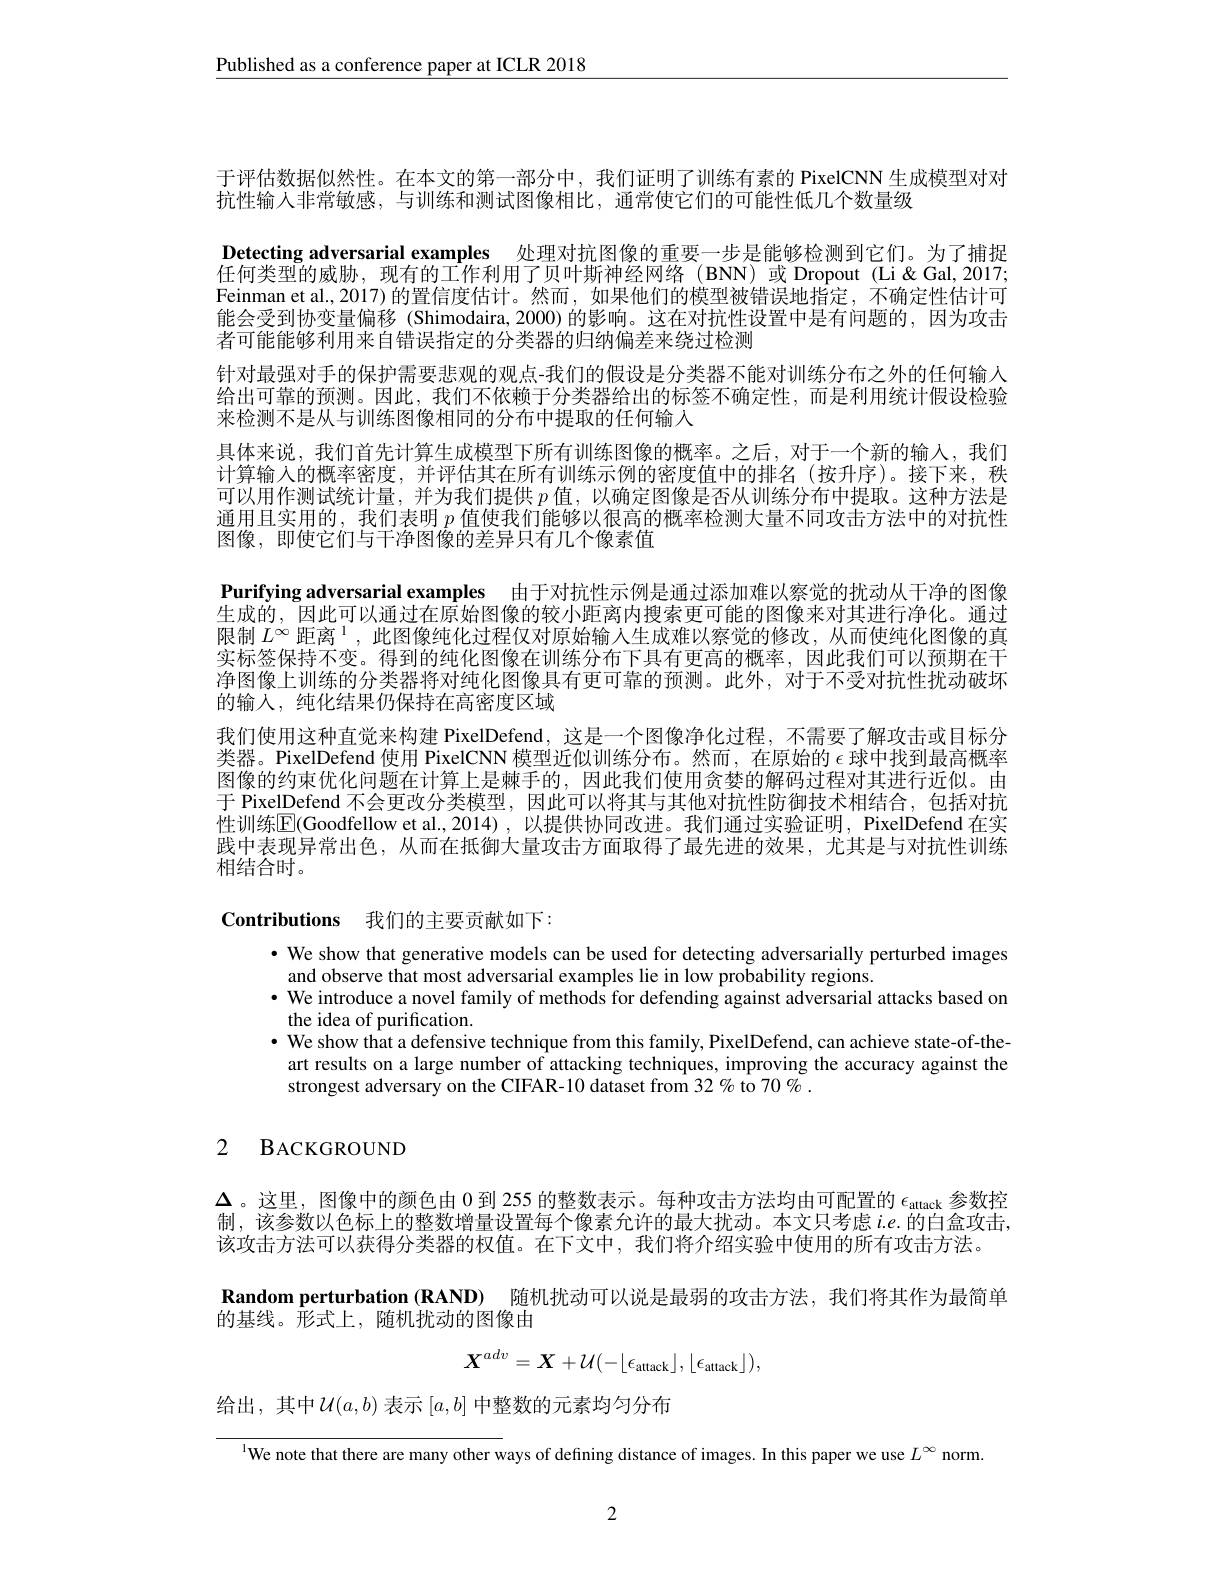
$\underline{\text{Published as a conference paper at ICLR 2018}}$

于评估数据似然性。在本文的第一部分中，我们证明了训练有素的 PixelCNN 生成模型对对
抗性输入非常敏感，与训练和测试图像相比，通常使它们的可能性低几个数量级
Detecting adversarial examples 处理对抗图像的重要一步是能够检测到它们。为了捕捉任何类型的威胁，现有的工作利用了贝叶斯神经网络(BNN)或Dropout(Li&Gal,2017; Feinman et al, 2017) 的置信度估计。然而，如果他们的模型被错误地指定，不确定性估计可能会受到协变量偏移 (Shimodaira,2000)的影响。这在对抗性设置中是有问题的，因为攻击者可能能够利用来自错误指定的分类器的归纳偏差来绕过检测
针对最强对手的保护需要悲观的观点-我们的假设是分类器不能对训练分布之外的任何输人给出可靠的预测。因此，我们不依赖于分类器给出的标签不确定性，而是利用统计假设检验来检测不是从与训练图像相同的分布中提取的任何输入
具体来说，我们首先计算生成模型下所有训练图像的概率。之后，对于一个新的输人，我们计算输人的概率密度，并评估其在所有训练示例的密度值中的排名(按升序)。接下来，秩可以用作测试统计量，并为我们提供$p$值，以确定图像是否从训练分布中提取。这种方法是通用且实用的，我们表明$p$值使我们能够以很高的概率检测大量不同攻击方法中的对抗性图像，即使它们与干净图像的差异只有几个像素值
Purifying adversarial examples 由于对抗性示例是通过添加难以察觉的扰动从干净的图像生成的，因此可以通过在原始图像的较小距离内搜索更可能的图像来对其进行净化。通过限制$L^{\infty}$距离$^1$,此图像纯化过程仅对原始输人生成难以察觉的修改，从而使纯化图像的真实标签保持不变。得到的纯化图像在训练分布下具有更高的概率，因此我们可以预期在干净图像上训练的分类器将对纯化图像具有更可靠的预测。此外，对于不受对抗性扰动破坏的输入，纯化结果仍保持在高密度区域
我们使用这种直觉来构建 PixelDefend, 这是一个图像净化过程，不需要了解攻击或目标分类器。PixelDefend 使用 PixelCNN 模型近似训练分布。然而，在原始的$\epsilon$球中找到最高概率图像的约束优化问题在计算上是棘手的，因此我们使用贪婪的解码过程对其进行近似。由于 PixelDefend 不会更改分类模型，因此可以将其与其他对抗性防御技术相结合，包括对抗性训练$\boxed{\mathrm{E}}($Goodfellow et al.,2014),以提供协同改进。我们通过实验证明，PixelDefend 在实践中表现异常出色，从而在抵御大量攻击方面取得了最先进的效果，尤其是与对抗性训练相结合时。

Contributions 我们的主要贡献如下：

· We show that generative models can be used for detecting adversarially perturbed images
and observe that most adversarial examples lie in low probability regions.
$\bullet$ We introduce a novel family of methods for defending against adversarial attacks based on
the idea of purification.
· We show that a defensive technique from this family, PixelDefend, can achieve state-of-the-
art results on a large number of attacking techniques, improving the accuracy against the
strongest adversary on the CIFAR-10 dataset from 32 % to 70 % .

# 2 BACKGROUND

$\Delta$。这里，图像中的颜色由 0 到 255 的整数表示。每种攻击方法均由可配置的$\epsilon_\mathrm{attack}$参数控制，该参数以色标上的整数增量设置每个像素允许的最大扰动。本文只考虑$i.e.$的白盒攻击， 该攻击方法可以获得分类器的权值。在下文中，我们将介绍实验中使用的所有攻击方法。

Random perturbation (RAND) 随机扰动可以说是最弱的攻击方法，我们将其作为最简单
的基线。形式上，随机扰动的图像由
$$\boldsymbol{X}^{adv}=\boldsymbol{X}+\mathcal{U}(-\lfloor\epsilon_{\mathrm{attack}}\rfloor,\lfloor\epsilon_{\mathrm{attack}}\rfloor),$$
给出，其中$\mathcal{U}(a,b)$表示$[a,b]$中整数的元素均匀分布

$^{\text{l}}$We note that there are many other ways of defining distance of images. In this paper we use $L^\infty$ norm

2